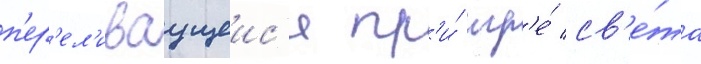
п'ер'ел'иваущеис'я пр'и́ игр'е́ св'е́та